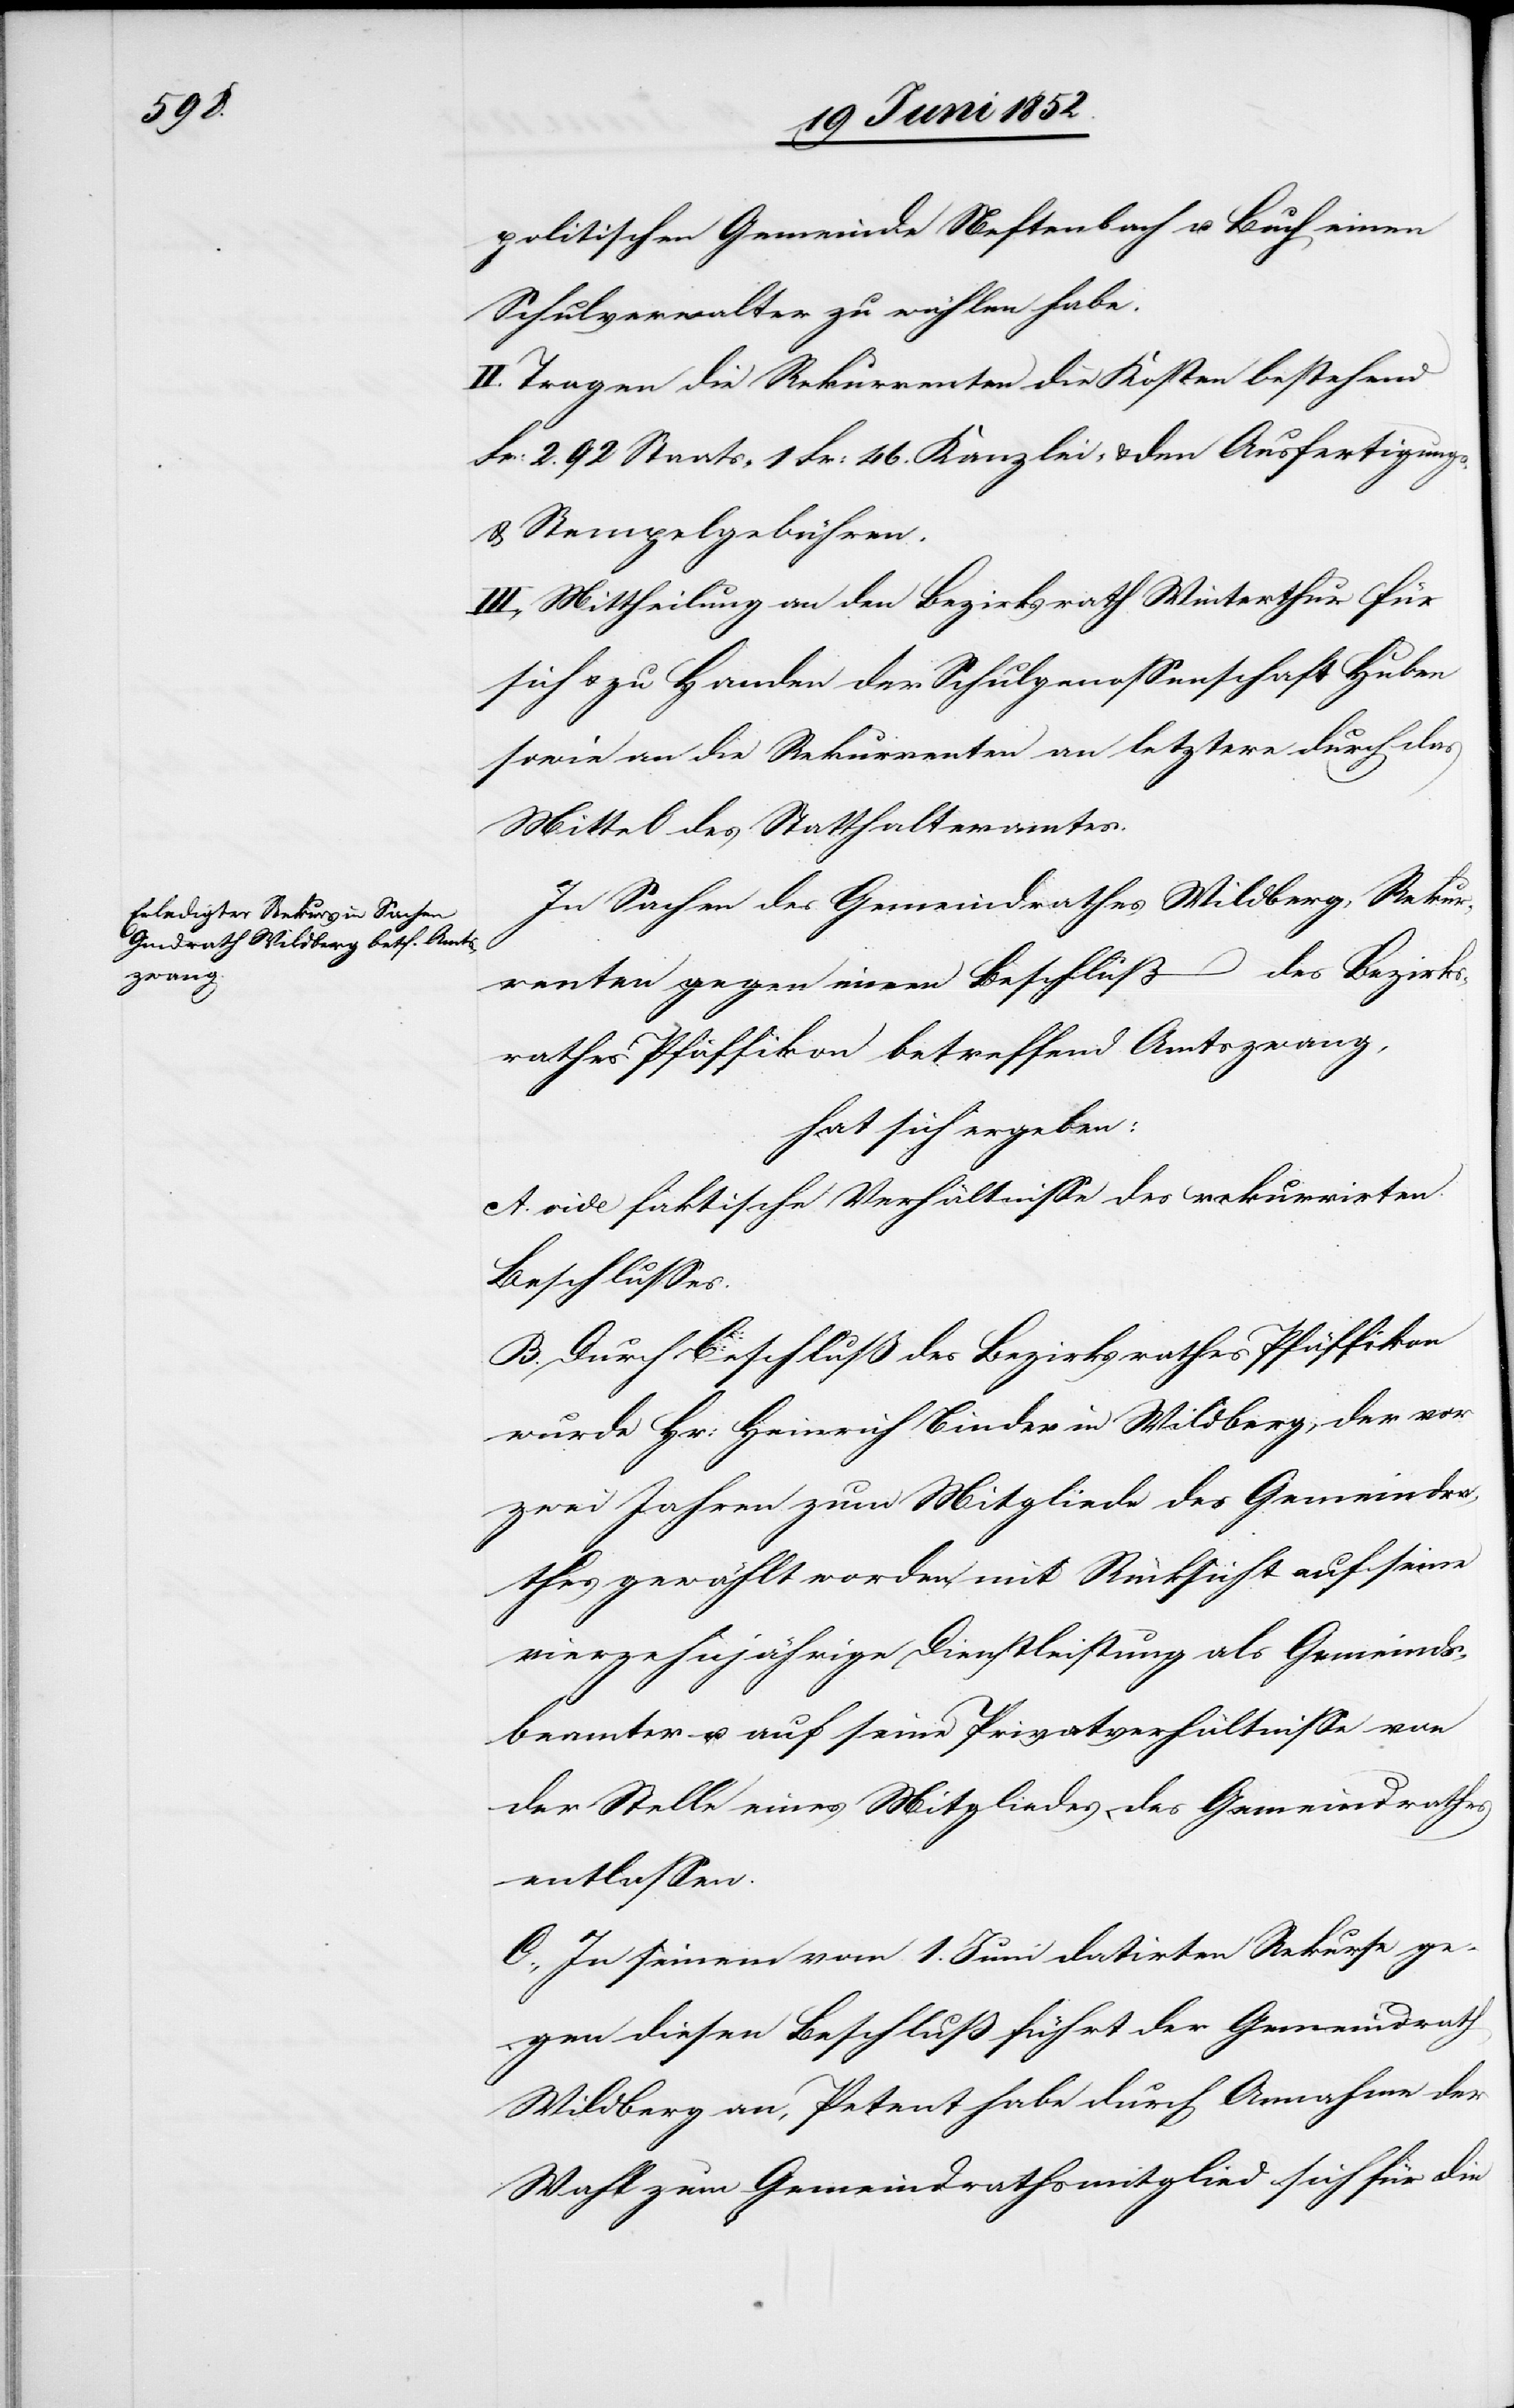
politischen Gemeinde Neftenbach u. Buch einen
Schulverwalter zu wählen habe.
II. Tragen die Rekurrenten die Kosten bestehend
Fr: 2. 92 Staats-[,] 1 Fr: 46. Kanzlei- & den Ausfertigungs-
& Stempelgebühren.
III., Mittheilung an den Bezirksrath Winterthur für
sich & zu Handen der Schulgenossenschaft Huben
sowie an die Rekurrenten an letztere durch das
Mittel des Statthalteramtes.
In Sachen des Gemeindrathes Wildberg, Rekur¬
renten gegen einen Beschluß des Bezirks¬
rathes Pfäffikon betreffend Amtszwang,
hat sich ergeben:
A. vide faktische Verhältnisse des rekurrirten
Beschlusses.
B. Durch Beschluß des Bezirksrathes Pfäffikon
wurde Hr: Heinrich Binder in Wildberg, der vor
zwei Jahren zum Mitgliede des Gemeindra¬
thes gewählt worden, mit Rücksicht auf seine
vierzehnjährige Dienstleistung als Gemeinds¬
beamter u. auf seine Privatverhältnisse von
der Stelle eines Mitgliedes des Gemeindrathes
entlassen.
C., In seinem vom 1. Juni datirten Rekurse ge¬
gen diesen Beschluß führt der Gemeindrath
Wildberg an, Petent habe durch Annahme der
Wahl zum Gemeindrathsmitglied sich für die